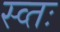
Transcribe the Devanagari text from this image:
स्व्तः